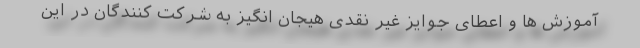
آموزش ها و اعطای جوایز غیر نقدی هیجان انگیز به شرکت کنندگان در این